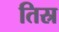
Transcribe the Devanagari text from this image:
तिस्र